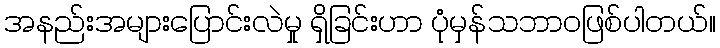
အနည်းအများပြောင်းလဲမှု ရှိခြင်းဟာ ပုံမှန်သဘာဝဖြစ်ပါတယ်။